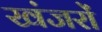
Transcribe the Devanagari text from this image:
खंजरों